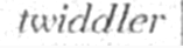
twiddler